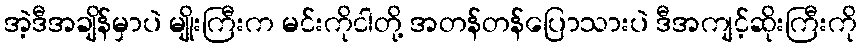
အဲ့ဒီအချိန်မှာပဲ မျိုးကြီးက မင်းကိုငါတို့ အတန်တန်ပြောသားပဲ ဒီအကျင့်ဆိုးကြီးကို